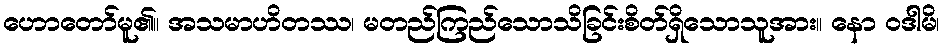
ဟောတော်မူ၏။ အသမာဟိတဿ၊ မတည်ကြည်သောသိခြင်းစိတ်ရှိသောသူအား။ နော ဝဒါမိ၊